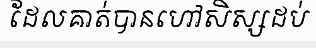
ដែលគាត់បានហៅសិស្សដប់